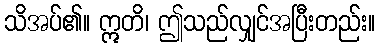
သိအပ်၏။ ဣတိ၊ ဤသည်လျှင်အပြီးတည်း။